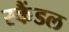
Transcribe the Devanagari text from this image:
स्‍कैंडल